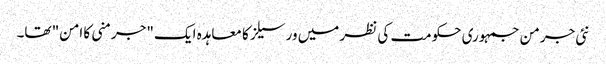
نئی جرمن جمہوری حکومت کی نظر میں ورسیلز کا معاہدہ ایک "جرمنی کا امن" تھا۔